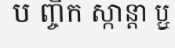
ប ញ្ចិក ស្កាន្តា ប្ឬ